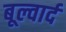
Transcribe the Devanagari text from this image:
बूल्वार्द